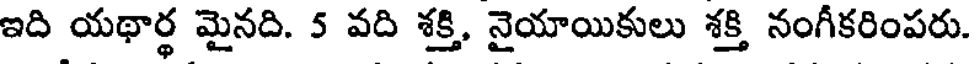
ఇది యథార్థ మైనది. 5 వది శక్తి, నైయాయికులు శక్తి నంగీకరింపరు.